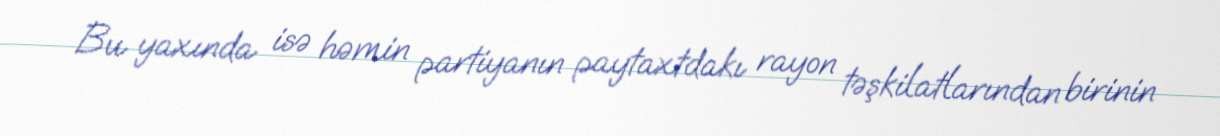
Bu yaxında isə həmin partiyanın paytaxtdakı rayon təşkilatlarından birinin